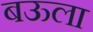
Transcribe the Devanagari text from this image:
बऊला